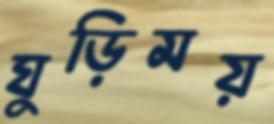
ঘুড়িময়